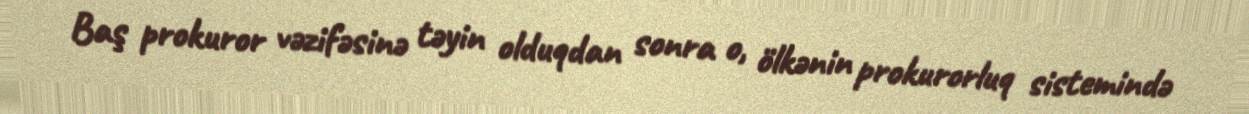
Baş prokuror vəzifəsinə təyin olduqdan sonra o, ölkənin prokurorluq sistemində